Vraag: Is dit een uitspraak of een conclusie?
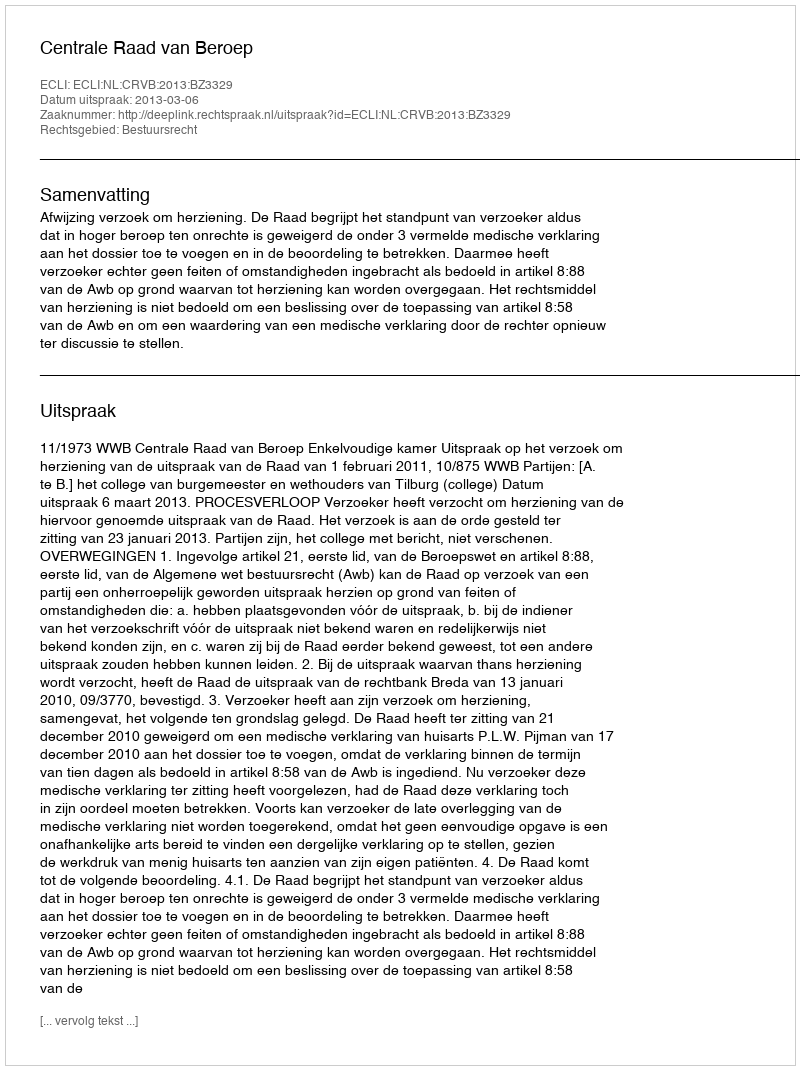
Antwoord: Uitspraak